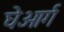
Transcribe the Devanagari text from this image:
घेओर्ग